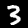
Digit: 3